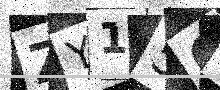
Text: ZY15G4